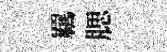
羈腮